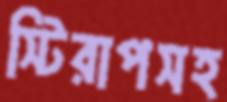
স্টিরাপসহ